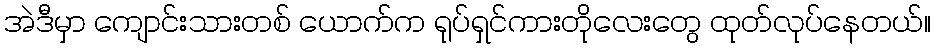
အဲဒီမှာ ကျောင်းသားတစ် ယောက်က ရုပ်ရှင်ကားတိုလေးတွေ ထုတ်လုပ်နေတယ်။